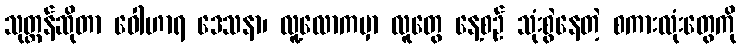
သုတ္တန်ဆိုတာ ဝေါဟာရ ဒေသနာ၊ လူ့လောကမှာ လူတွေ နေ့စဉ် သုံးစွဲနေတဲ့ စကားလုံးတွေကို